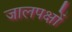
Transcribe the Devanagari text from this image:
जालपक्षों